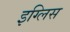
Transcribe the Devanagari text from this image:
इग्लिस